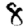
Digit: 8